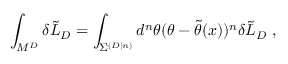
\int _ { M ^ { D } } \delta \tilde { { \cal L } } _ { D } = \int _ { { \Sigma } ^ { ( D | n ) } } d ^ { n } \theta ( \theta - \tilde { \theta } ( x ) ) ^ { n } \delta \tilde { { \cal L } } _ { D } \; ,